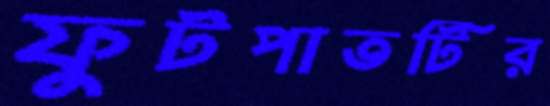
ফুটপাতটির